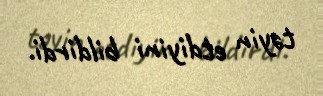
təyin etdiyini bildirdi.